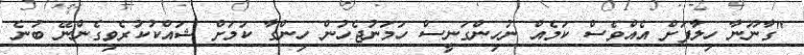
"ގާނޫނާ ހިލާފަށް އެއްވެސް ކަމެއް ނުހިންގަނީސް ހަމަނުޖެހުން ހިންގާ ކަމަށް ޝައްކުކުރެވިގެންނޭ ބުނެ